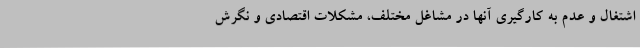
اشتغال و عدم به کارگیری آنها در مشاغل مختلف، مشکلات اقتصادی و نگرش